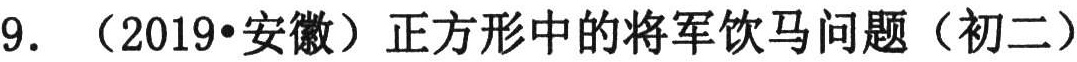
9. （2019•安徽）正方形中的将军饮马问题（初二）